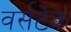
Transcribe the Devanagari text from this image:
वर्सटेक